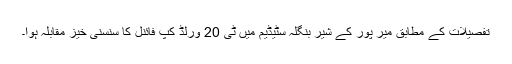
تفصیلات کے مطابق میر پور کے شیر بنگلہ سٹیڈیم میں ٹی 20 ورلڈ کپ فائنل کا سنسنی خیز مقابلہ ہوا۔